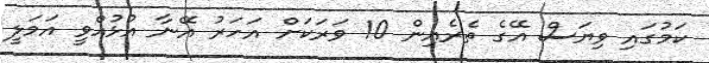
ކަމުގައި ވިޔަސް އޭގެ ތެރެއިން 10 ވަރަކަށް އަހަރު އޭނާ އުޅުއްވީ އަމަލީ